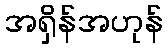
အရှိန်အဟုန်